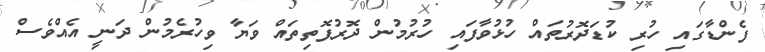
ފެންޑާގައި ހުރި ކުޑަދޮރުތައް ހުޅުވާފައި ހުރުމުން ދޮރުފޮތިތައް ވަޔާ ވިހުރެމުން ދަނީ އެއްވެސް